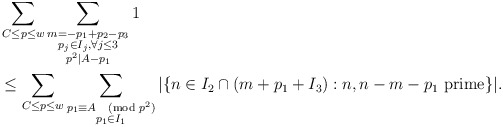
\begin{align*} & \sum_{C \leq p \leq w} \sum_{\substack{m = -p_1 + p_2 - p_3 \\ p_j \in I_j, \forall j \leq 3 \\ p^2 | A - p_1}} 1 \\& \leq \sum_{C \leq p \leq w} \sum_{\substack{p_1 \equiv A \pmod{p^2} \\ p_1 \in I_1}} | \{ n \in I_2 \cap (m+p_1+I_3): n, n-m-p_1 \hbox{ prime}\}|.\end{align*}